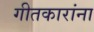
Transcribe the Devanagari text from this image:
गीतकारांना